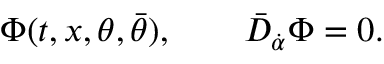
\Phi ( t , x , \theta , \bar { \theta } ) , \qquad \bar { D } _ { \dot { \alpha } } \Phi = 0 .